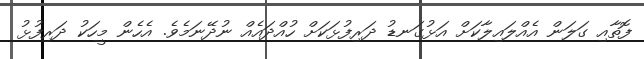
ފޮތާއި ގަލަން އެއްލައިލާކަށް އަޅުގަނޑު ދަރިފުޅަކަށް ހުއްދައެއް ނުދޭނަމެވެ. އެހެން މީހަކު ދަރިފުޅު